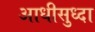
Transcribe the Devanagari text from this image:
आधीसुध्दा